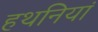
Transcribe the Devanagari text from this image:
हथनियां